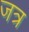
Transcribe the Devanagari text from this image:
जत्र